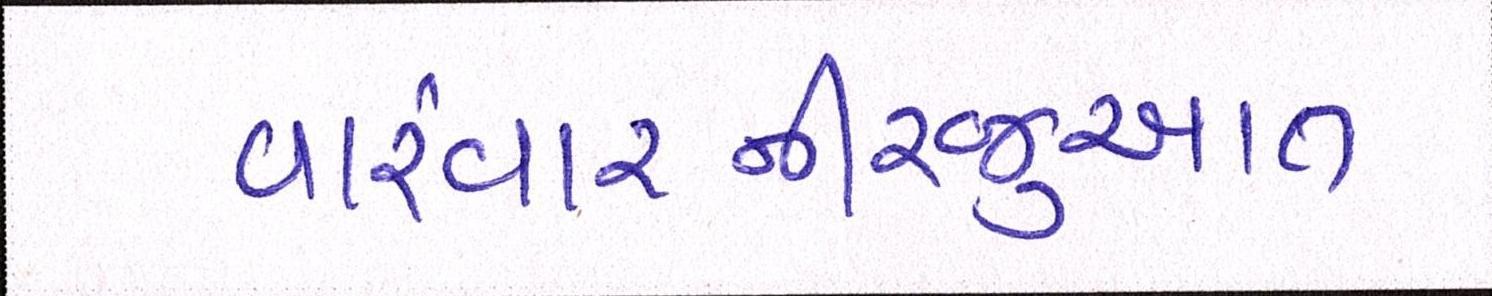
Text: વારંવારનીરજુઆત